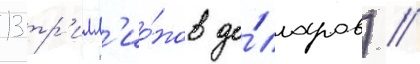
13 тр'илл'ио́нов до́лларов) //